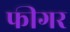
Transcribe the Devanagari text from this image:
फीगर